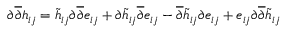
\begin{array} { r } { \partial \overline { { \partial } } h _ { i j } = \tilde { h } _ { i j } \partial \overline { { \partial } } e _ { i j } + \partial \tilde { h } _ { i j } \overline { { \partial } } e _ { i j } - \overline { { \partial } } \tilde { h } _ { i j } \partial e _ { i j } + e _ { i j } \partial \overline { { \partial } } \tilde { h } _ { i j } } \end{array}